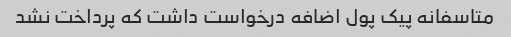
متاسفانه پیک پول اضافه درخواست داشت که پرداخت نشد